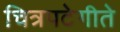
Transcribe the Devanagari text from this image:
चित्रपटेगीते